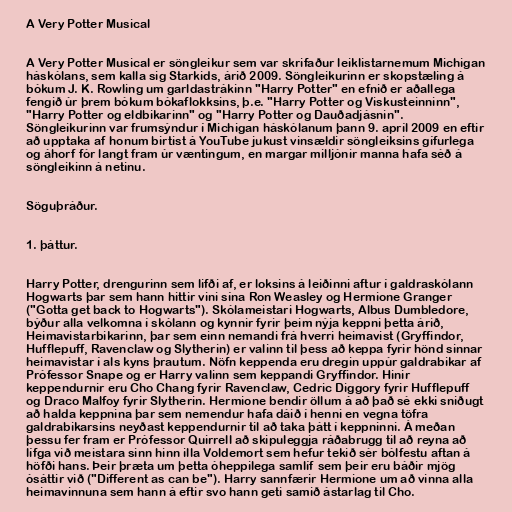
A Very Potter Musical

A Very Potter Musical er söngleikur sem var skrifaður leiklistarnemum Michigan
háskólans, sem kalla sig Starkids, árið 2009. Söngleikurinn er skopstæling á
bókum J. K. Rowling um garldastrákinn "Harry Potter" en efnið er aðallega
fengið úr þrem bókum bókaflokksins, þ.e. "Harry Potter og Viskusteinninn",
"Harry Potter og eldbikarinn" og "Harry Potter og Dauðadjásnin".
Söngleikurinn var frumsýndur í Michigan háskólanum þann 9. apríl 2009 en eftir
að upptaka af honum birtist á YouTube jukust vinsældir söngleiksins gífurlega
og áhorf fór langt fram úr væntingum, en margar milljónir manna hafa séð á
söngleikinn á netinu.

Söguþráður.

1. þáttur.

Harry Potter, drengurinn sem lifði af, er loksins á leiðinni aftur í galdraskólann
Hogwarts þar sem hann hittir vini sína Ron Weasley og Hermione Granger
("Gotta get back to Hogwarts"). Skólameistari Hogwarts, Albus Dumbledore,
býður alla velkomna í skólann og kynnir fyrir þeim nýja keppni þetta árið,
Heimavistarbikarinn, þar sem einn nemandi frá hverri heimavist (Gryffindor,
Hufflepuff, Ravenclaw og Slytherin) er valinn til þess að keppa fyrir hönd sinnar
heimavistar í als kyns þrautum. Nöfn keppenda eru dregin uppúr galdrabikar af
Prófessor Snape og er Harry valinn sem keppandi Gryffindor. Hinir
keppendurnir eru Cho Chang fyrir Ravenclaw, Cedric Diggory fyrir Hufflepuff
og Draco Malfoy fyrir Slytherin. Hermione bendir öllum á að það sé ekki sniðugt
að halda keppnina þar sem nemendur hafa dáið í henni en vegna töfra
galdrabikarsins neyðast keppendurnir til að taka þátt í keppninni. Á meðan
þessu fer fram er Prófessor Quirrell að skipuleggja ráðabrugg til að reyna að
lífga við meistara sinn hinn illa Voldemort sem hefur tekið sér bólfestu aftan á
höfði hans. Þeir þræta um þetta óheppilega samlíf sem þeir eru báðir mjög
ósáttir við ("Different as can be"). Harry sannfærir Hermione um að vinna alla
heimavinnuna sem hann á eftir svo hann geti samið ástarlag til Cho.